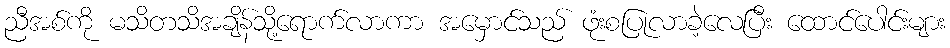
ညီအစ်ကို မသိတသိအချိန်သို့ရောက်လာကာ အမှောင်သည် ဖုံးစပြုလာခဲ့လေပြီး ထောင်ပေါင်းများ